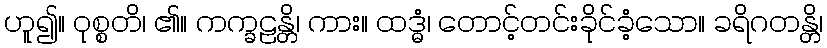
ဟူ၍။ ဝုစ္စတိ၊ ၏။ ကက္ခဠန္တိ၊ ကား။ ထဒ္ဓံ၊ တောင့်တင်းခိုင်ခံ့သော။ ခရိဂတန္တိ၊